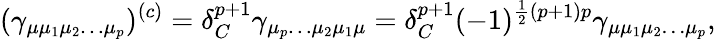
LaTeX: (\gamma_{\mu\mu_{1}\mu_{2}\ldots\mu_{p}})^{(c)}=\delta_{C}^{p+1}\gamma_{\mu_{p}\ldots\mu_{2}\mu_{1}\mu}=\delta_{C}^{p+1}(-1)^{\frac 12(p+1)p}\gamma_{\mu\mu_{1}\mu_{2}\ldots\mu_{p}},